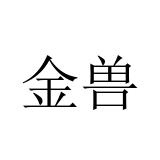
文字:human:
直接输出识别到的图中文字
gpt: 金兽